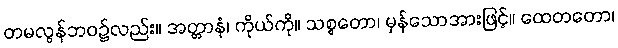
တမလွန်ဘဝ၌လည်း။ အတ္တာနံ၊ ကိုယ်ကို။ သစ္စတော၊ မှန်သောအားဖြင့်။ ထေတတော၊